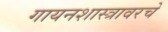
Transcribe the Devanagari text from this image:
गायनशास्त्रावरचे